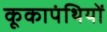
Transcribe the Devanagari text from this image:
कूकापंथियों